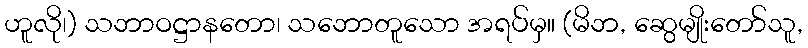
ဟူလို၊) သဘာဝဋ္ဌာနတော၊ သဘောတူသော အရပ်မှ။ (မိဘ, ဆွေမျိုးတော်သူ,